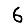
Digit: 6